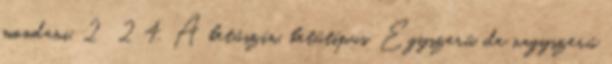
mondani. 2 2 4. A betűszín, betűtípus. Egyszerű, de nagyszerű